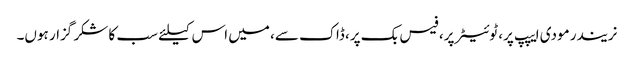
نریندر مودی ایپپ پر، ٹوئیٹر پر، فیس بک پر، ڈاک سے، میں اس کیلئے سب کا شکر گزار ہوں۔